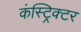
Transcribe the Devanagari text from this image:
कंस्ट्रिक्टर